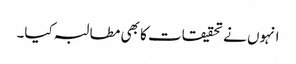
انہوں نے تحقیقات کا بھی مطالبہ کیا۔